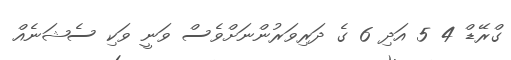
ގްރޭޑް 4 5 އަދި 6 ގެ ދަރިވަރުންނަށްވެސް ވަނީ ވަކި ސެޝަނެއް